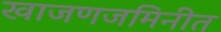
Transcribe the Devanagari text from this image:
खाजणजमिनीत